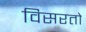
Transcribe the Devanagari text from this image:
विसरतो